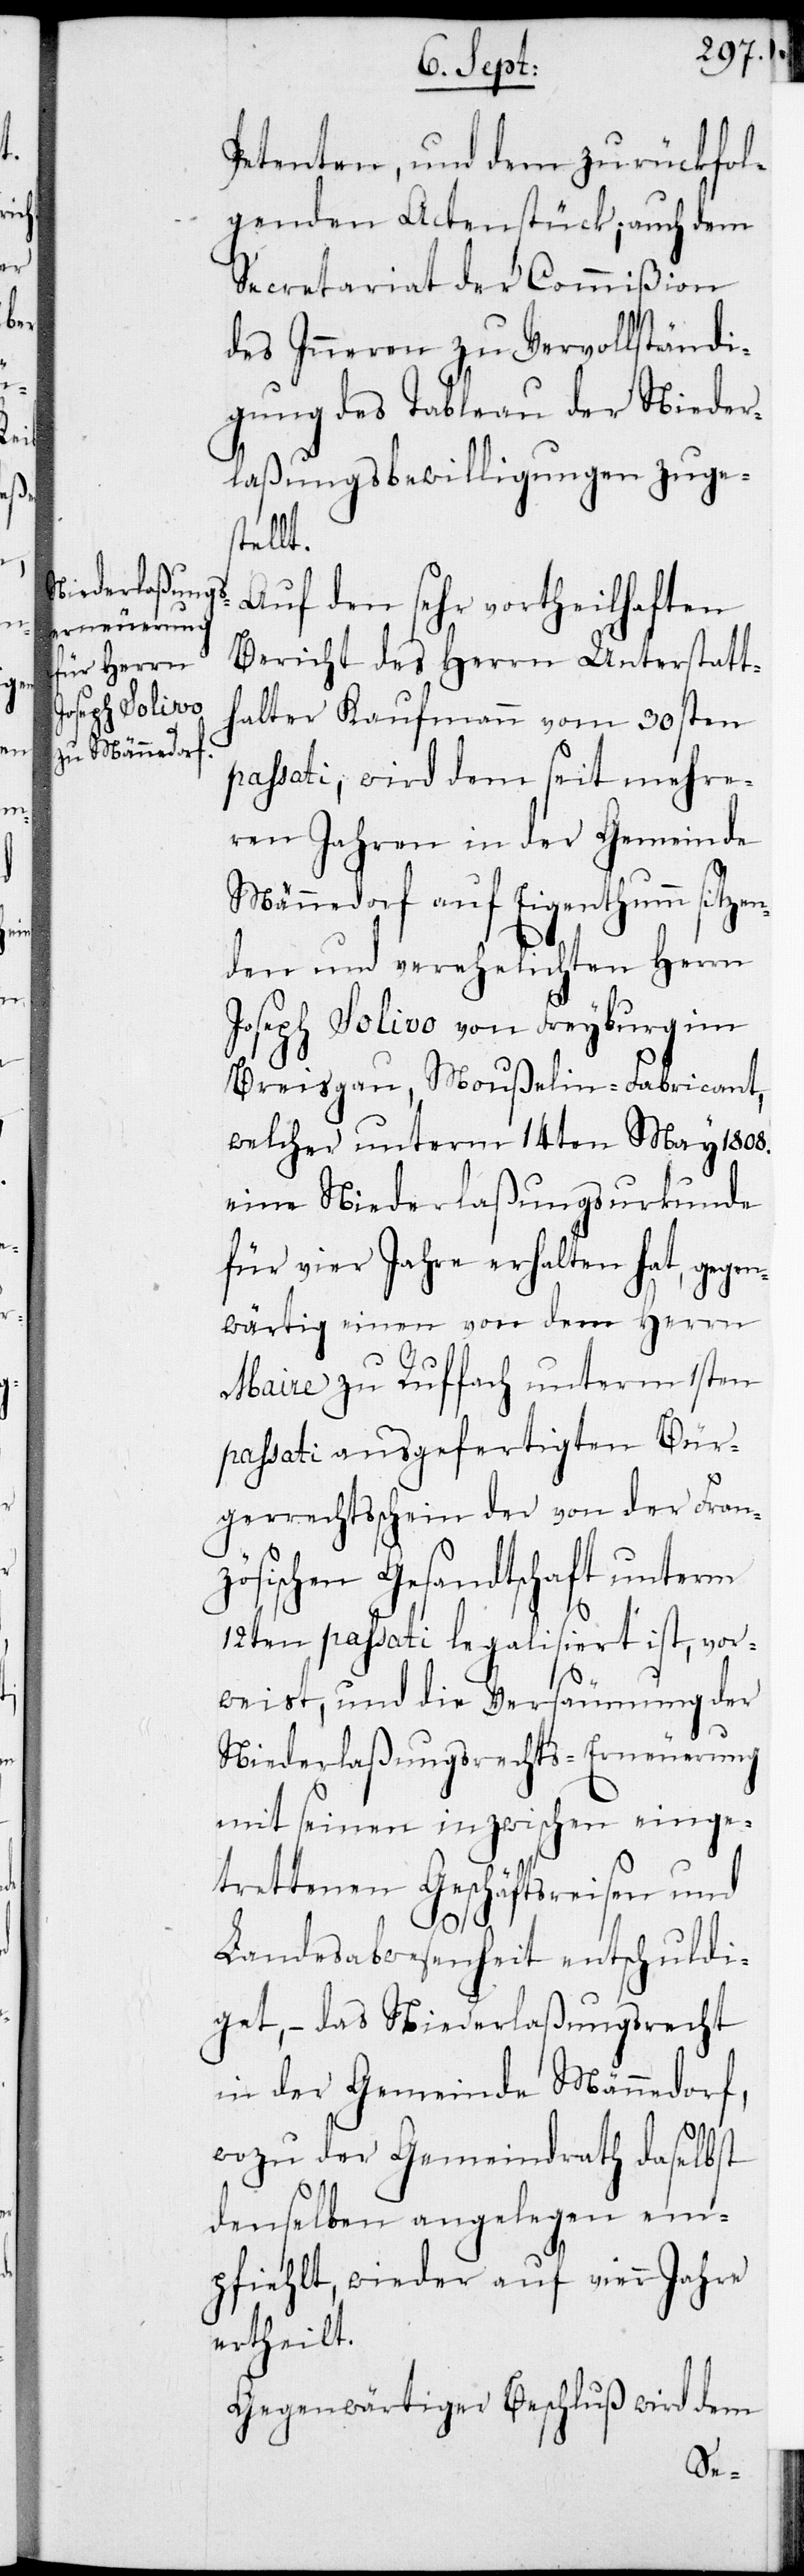
Petenten und dem zurückfol¬
genden Actenstück; auch dem
Secretariat der Commißion
des Inneren zu Vervollständi¬
gung des Tableau der Nieder¬
laßungsbewilligungen zuge¬
stellt.
Auf den sehr vortheilhaften
Bericht des Herrn Unterstatt¬
halter Kaufmann vom 30sten
passati, wird dem seit mehre¬
ren Jahren in der Gemeinde
Männedorf auf Eigenthumm sitzen¬
den und verehelichten Herrn
Joseph Solivo von Freyburg im
Breisgau, Moußelin-Fabricant,
welcher unterm 14ten May 1808.
eine Niederlaßungsurkunde
für vier Jahre erhalten hat, gegen¬
wärtig einen von dem Herrn
Maire zu Ruffach unterm 1sten
passati ausgefertigten Bür¬
gerrechtsschein der von der Fran¬
zösischen Gesandtschaft unterm
12ten passati legalisiert ist, vor¬
weist, und die Versäumung der
Niederlaßungsrechts-Erneuerung
mit seinen inzwischen einge¬
trettenen Geschäftsreisen und
Landesabwesenheit entschuldi¬
get, – das Niederlaßungsrecht
in der Gemeinde Männedorf,
wozu der Gemeindrath daslebst
denselben angelegen em¬
pfiehlt, wieder auf vier Jahre
ertheilt.
Gegenwärtiger Beschluß wird dem